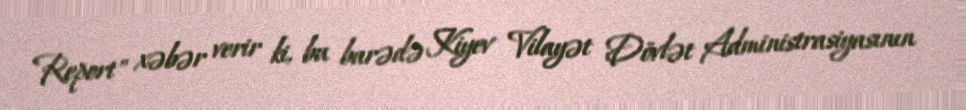
Report" xəbər verir ki, bu barədə Kiyev Vilayət Dövlət Administrasiyasının